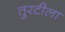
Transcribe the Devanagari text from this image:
तुरटीला